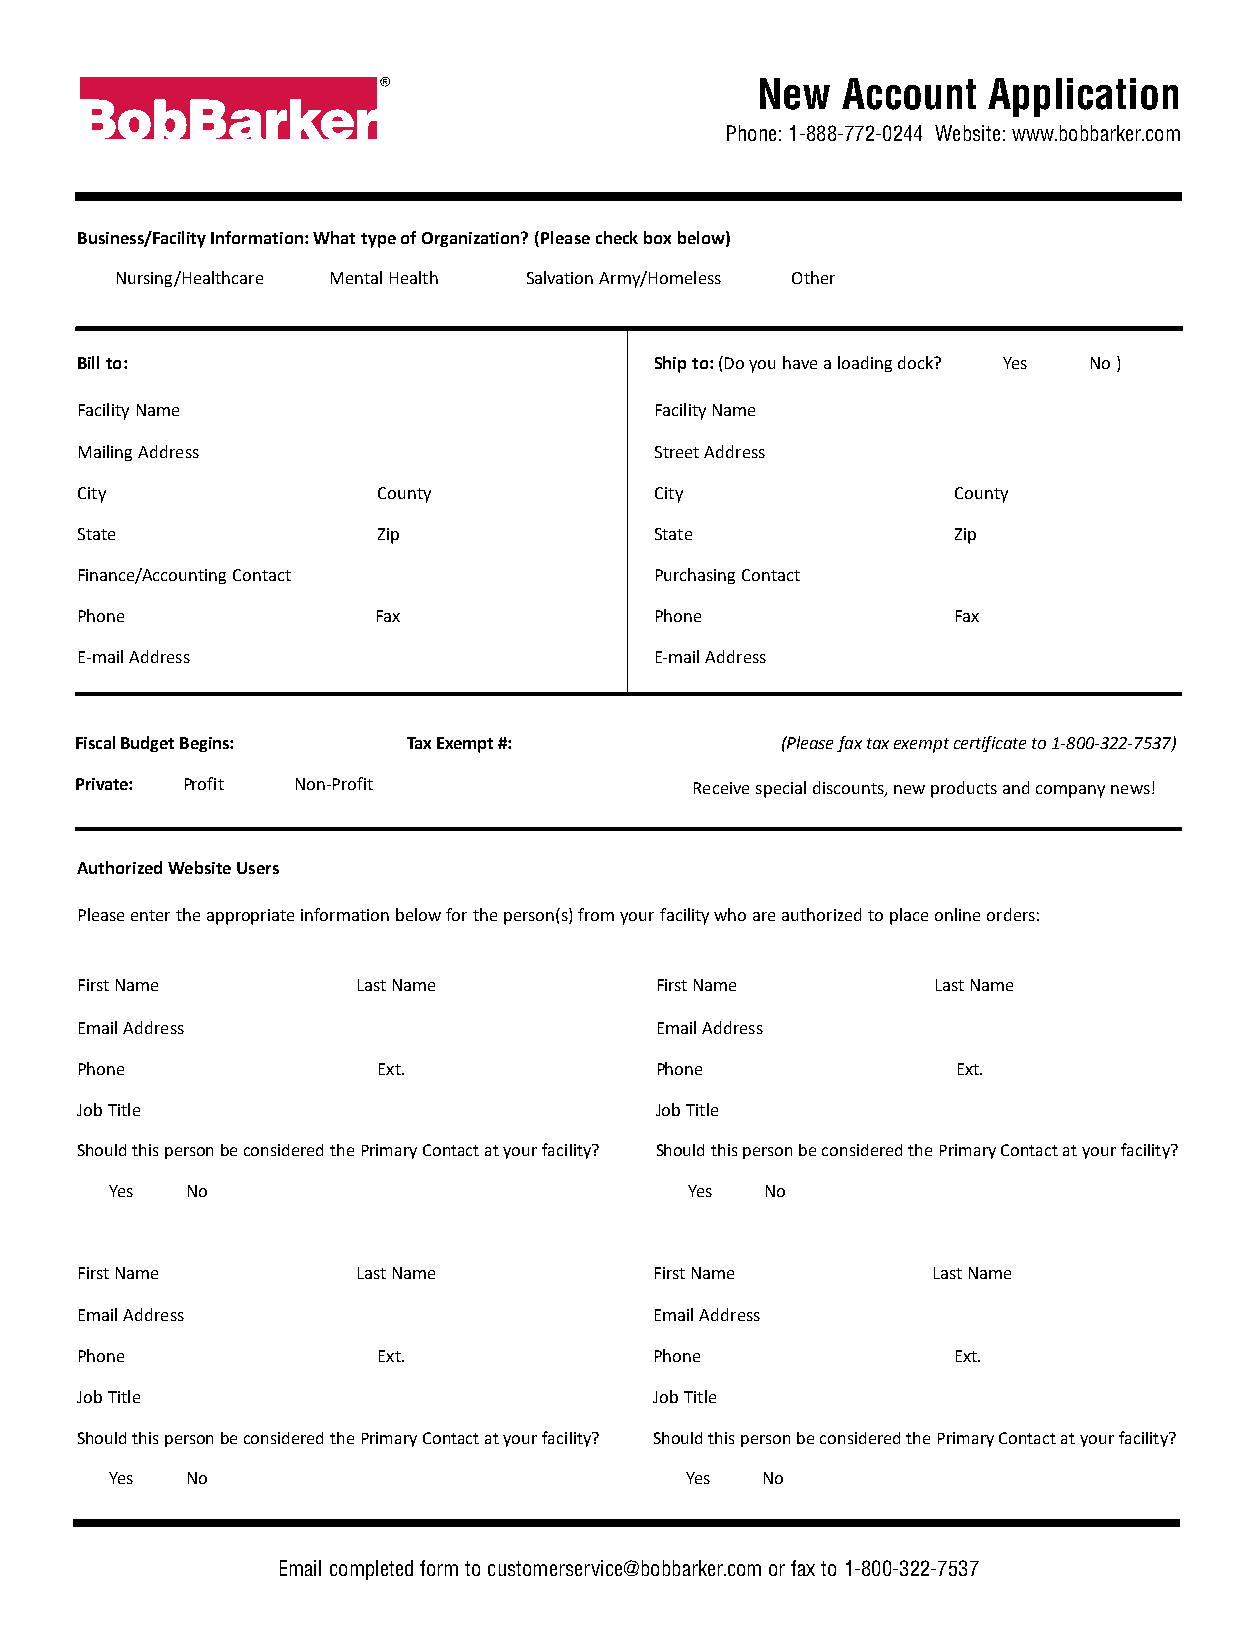
New   Account  Application
 Phone: 1-888-772-0244 Website: www.bobbarker.com
 Business/Facility Information: What type of Organization? (Please check box below)
 Nursing/Healthcare Mental Health Salvation Army/Homeless Other
 Bill to:                              Ship to: (Do you have a loading dock? Yes No )
 Facility Name                         Facility Name
 Mailing Address                       Street Address
 City                County            City                County
 State               Zip               State               Zip
 Finance/Accounting Contact            Purchasing Contact
 Phone               Fax               Phone               Fax
 E-mail Address                        E-mail Address
 Fiscal Budget Begins: Tax Exempt #:            (Please fax tax exempt certificate to 1-800-322-7537)
 Private: Profit Non-Profit               Receive special discounts, new products and company news!
 Authorized Website Users
 Please enter the appropriate information below for the person(s) from your facility who are authorized to place online orders:
 First Name         Last Name          First Name         Last Name
 Email Address                         Email Address
 Phone               Ext.              Phone               Ext.
 Job Title                             Job Title
 Should this person be considered the Primary Contact at your facility? Should this person be considered the Primary Contact at your facility?
 Yes  No                                Yes  No
 First Name         Last Name          First Name         Last Name
 Email Address                         Email Address
 Phone               Ext.              Phone               Ext.
 Job Title                             Job Title
 Should this person be considered the Primary Contact at your facility? Should this person be considered the Primary Contact at your facility?
 Yes  No                               Yes  No
 Email completed form to customerservice@bobbarker.com or fax to 1-800-322-7537